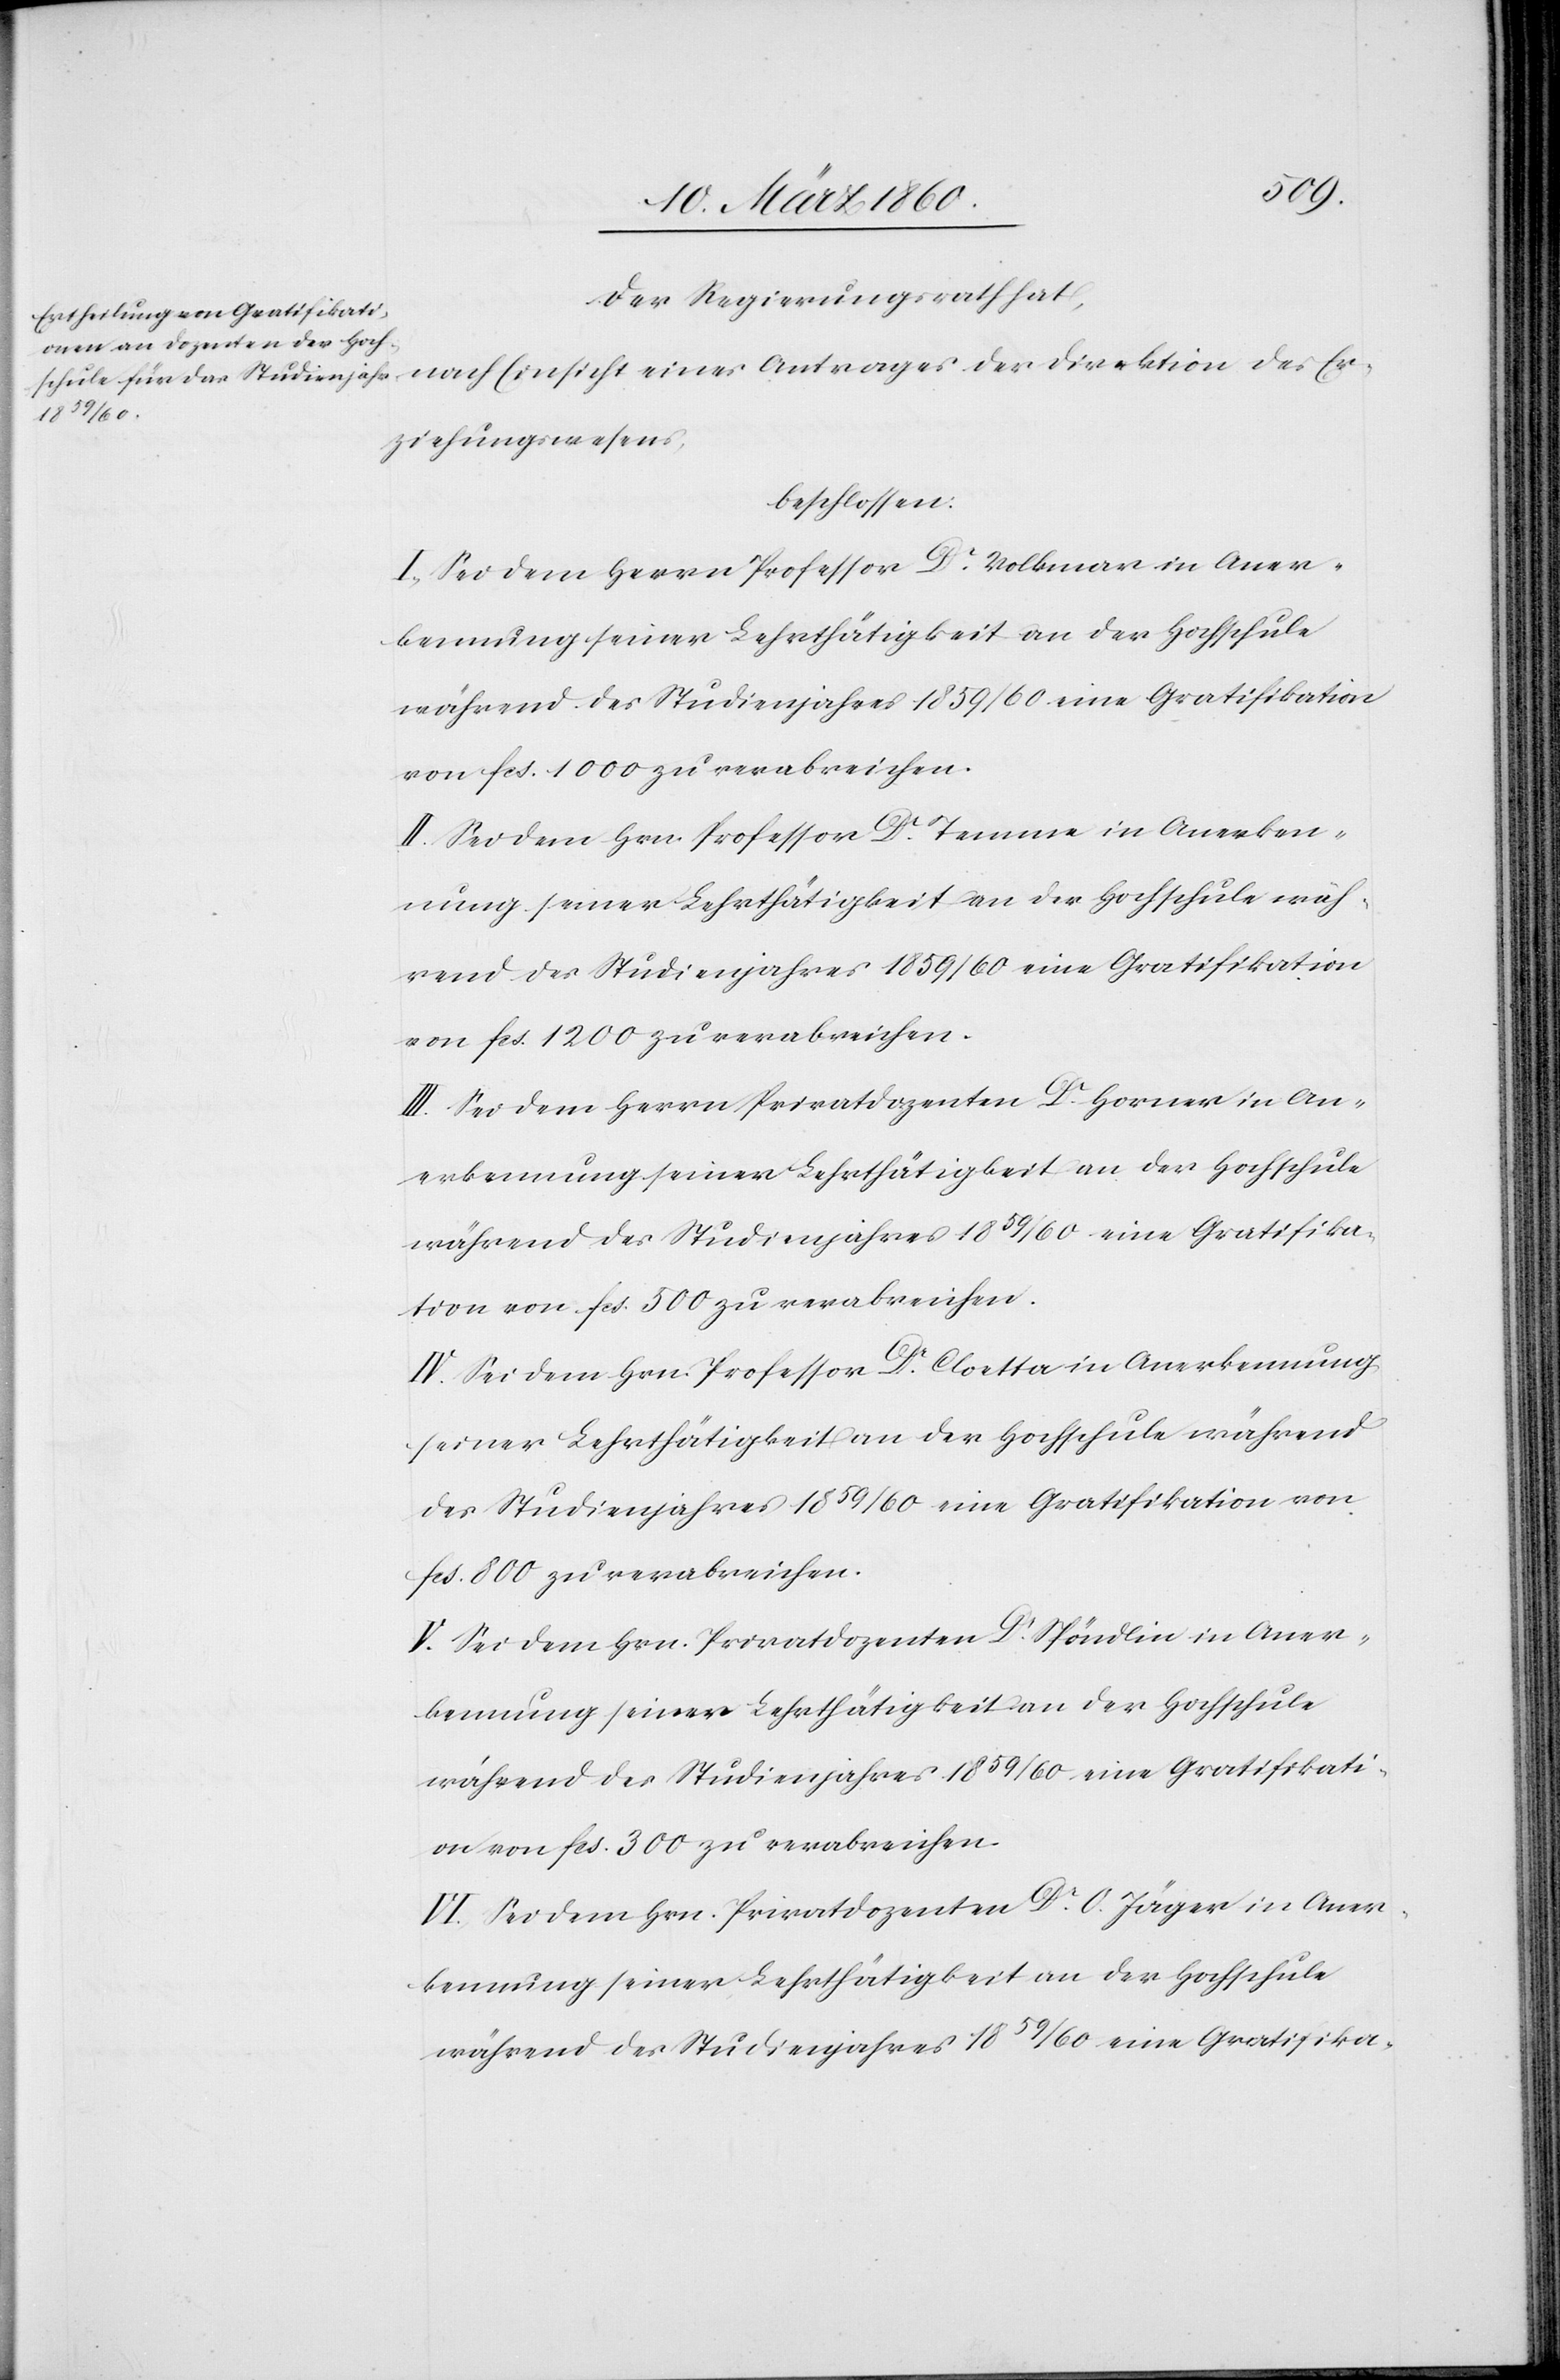
Der Regierungsrath hat,
der
Erziehungswesens,
beschlossen:
I. Sei dem Herrn Professor Dr Volkmann in Aner¬
kennung seiner Lehrthätigkeit an der Hochschule
während des Studienjahres 1859/60 eine Gratifikation
von fcs. 1000 zu verabreichen.
II. Sei dem Hrn. Professor Dr Temme in Anerken¬
nung seiner Lehrthätigkeit an der Hochschule wäh¬
rend des Studienjahres 1859/60 eine Gratifikation
von fcs. 1200 zu verabreichen.
III. Sei dem Herrn Privatdozenten Dr Horner in An¬
erkennung seiner Lehrthätigkeit an der Hochschule
während des Studienjahres 1859/60 eine Gratifika-
tion von fcs. 500 zu verabreichen.
IV. Sei dem Hrn. Professor Dr Cloetta in Anerkennung
seiner Lehrthätigkeit an der Hochschule während
des Studienjahres 1859/60 eine Gratifikation von
fcs. 800 zu verabreichen.
V. Sei dem Hrn. Privatdozenten Dr Spöndlin in Aner¬
kennung seiner Lehrthätigkeit an der Hochschule
während des Studienjahres 1859/60 eine Gratifikati¬
on von fcs. 300 zu verabreichen.
VI. Sei dem Hrn. Privatdozenten Dr O. Jäger in Aner¬
kennung seiner Lehrthätigkeit an der Hochschule